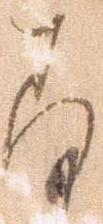
存